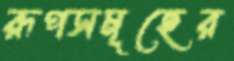
রূপসমূহের